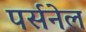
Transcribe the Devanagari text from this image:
पर्सनेल